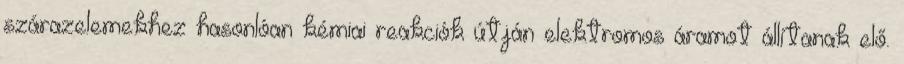
szárazelemekhez hasonlóan kémiai reakciók útján elektromos áramot állítanak elő.